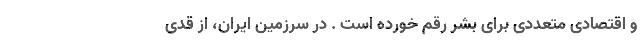
و اقتصادی متعددی برای بشر رقم خورده است . در سرزمین ایران، از قدی